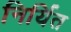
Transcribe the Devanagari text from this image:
निर्यित